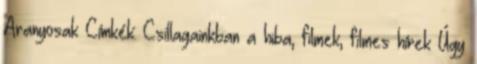
Aranyosak Címkék: Csillagainkban a hiba, filmek, filmes hírek Úgy